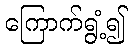
ကြောက်ရွံ့၍